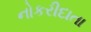
નોકરીદાતા